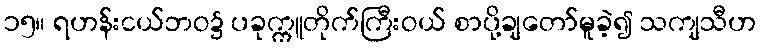
၁၅။ ရဟန်းငယ်ဘဝ၌ ပခုက္ကူတိုက်ကြီးဝယ် စာပို့ချတော်မူခဲ့၍ သကျသီဟ